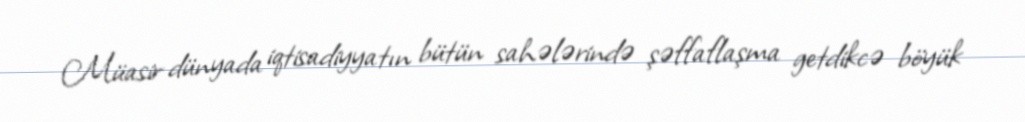
Müasir dünyada iqtisadiyyatın bütün sahələrində şəffaflaşma getdikcə böyük